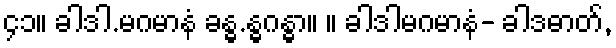
၄၁။ ခါဒါ.မဂမာနံ ခန္ဓ.န္ဓဂန္ဓာ။ ။ ခါဒါမဂမာနံ- ခါဒဓာတ်,